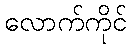
လောက်ကိုင်